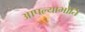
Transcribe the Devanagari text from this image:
आपल्याभोति